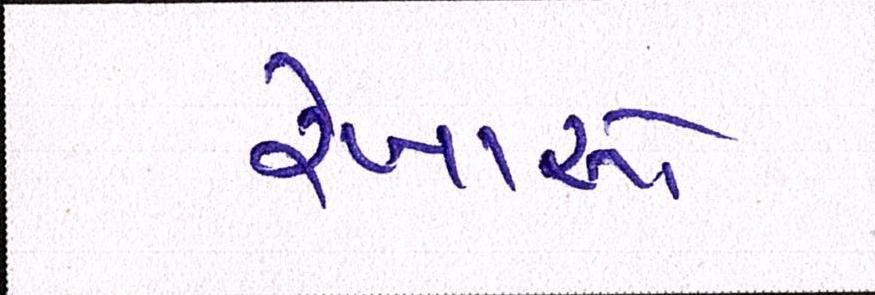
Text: રેખાઓ